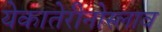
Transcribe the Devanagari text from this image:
येकातेरीनोस्लाव